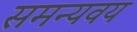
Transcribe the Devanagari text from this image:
समन्यवय